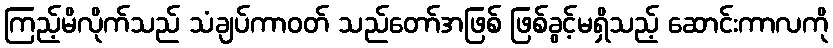
ကြည့်မိလိုက်သည် သံချပ်ကာဝတ် သည်တော်အဖြစ် ဖြစ်ခွင့်မရှိသည့် ဆောင်းကာလကို